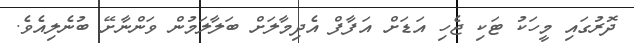
ދޮރުގައި މީހަކު ޓަކި ޖެހި އަޑަށް އަފާފް އެދިމާލަށް ބަލާލަމުން ވަންނާށޭ ބުނެލިއެވެ.